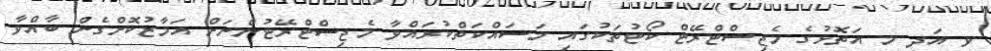
ވ އަދި މ އަތޮޅުގެ މެޖިސްޓްރޭޓް ކޯޓުތަކުގައި މަސައްކަތްކުރައްވާ މެޖިސްޓްރޭޓުންނަށް އަމާޒުކޮށްގެން ބާއްވާ